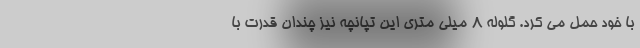
با خود حمل می کرد. گلوله 8 میلی متری این تپانچه نیز چندان قدرت با